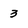
Character: 3